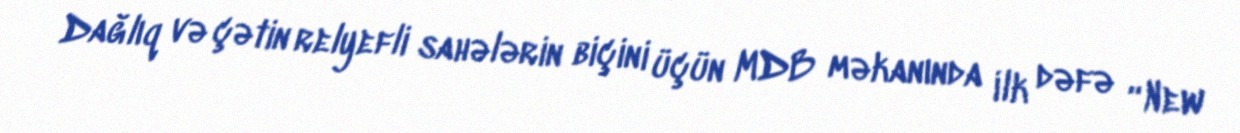
Dağlıq və çətin relyefli sahələrin biçini üçün MDB məkanında ilk dəfə “New